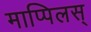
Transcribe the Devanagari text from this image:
माप्पिलस्